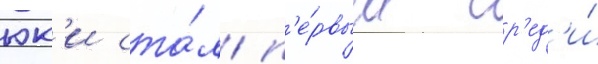
юк'и ста́л п'е́рвым ср'ед'и́